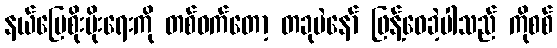
နယ်မြေစိုးမိုးရေးကို တစ်ဝက်တော့ တခုပဲနော် ဖြန့်ဝေခဲ့ပါသည် ကိုစစ်